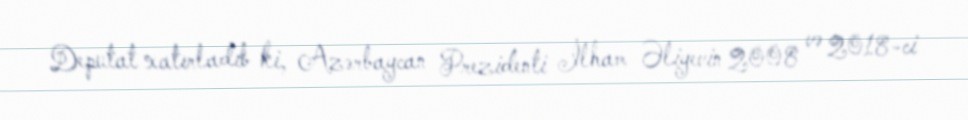
Deputat xatırladıb ki, Azərbaycan Prezidenti İlham Əliyevin 2008 və 2018-ci